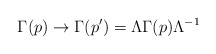
\begin{align*}\Gamma (p)\rightarrow \Gamma (p^{\prime })=\Lambda \Gamma (p)\Lambda ^{-1}\end{align*}